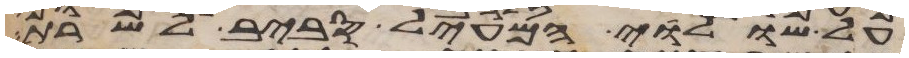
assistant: על שולי המעיל סביב לשרת